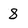
Character: 8